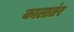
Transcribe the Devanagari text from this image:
कालातंर